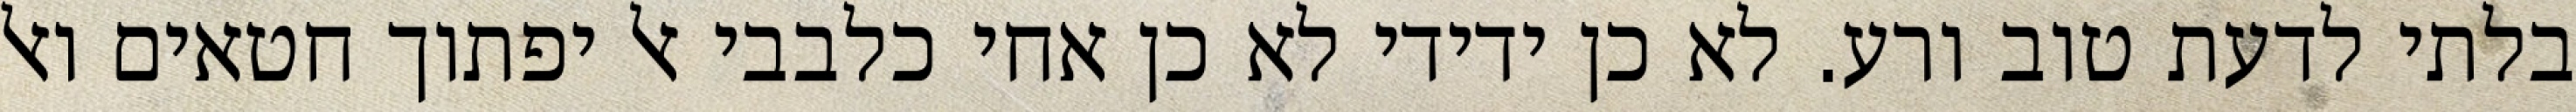
בלתי לדעת טוב ורע. לא כן ידידי לא כן אחי כלבבי אל יפתוך חטאים ואל